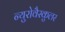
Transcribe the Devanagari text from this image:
न्युरोवैस्कुलर